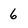
Character: 6